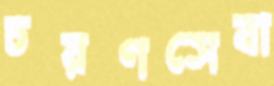
চরণসেবা